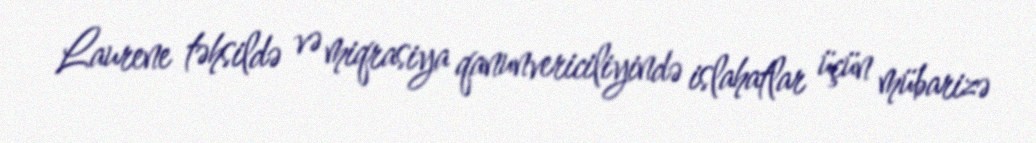
Laurene təhsildə və miqrasiya qanunvericiliyində islahatlar üçün mübarizə